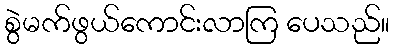
စွဲမက်ဖွယ်ကောင်းလာကြ ပေသည်။